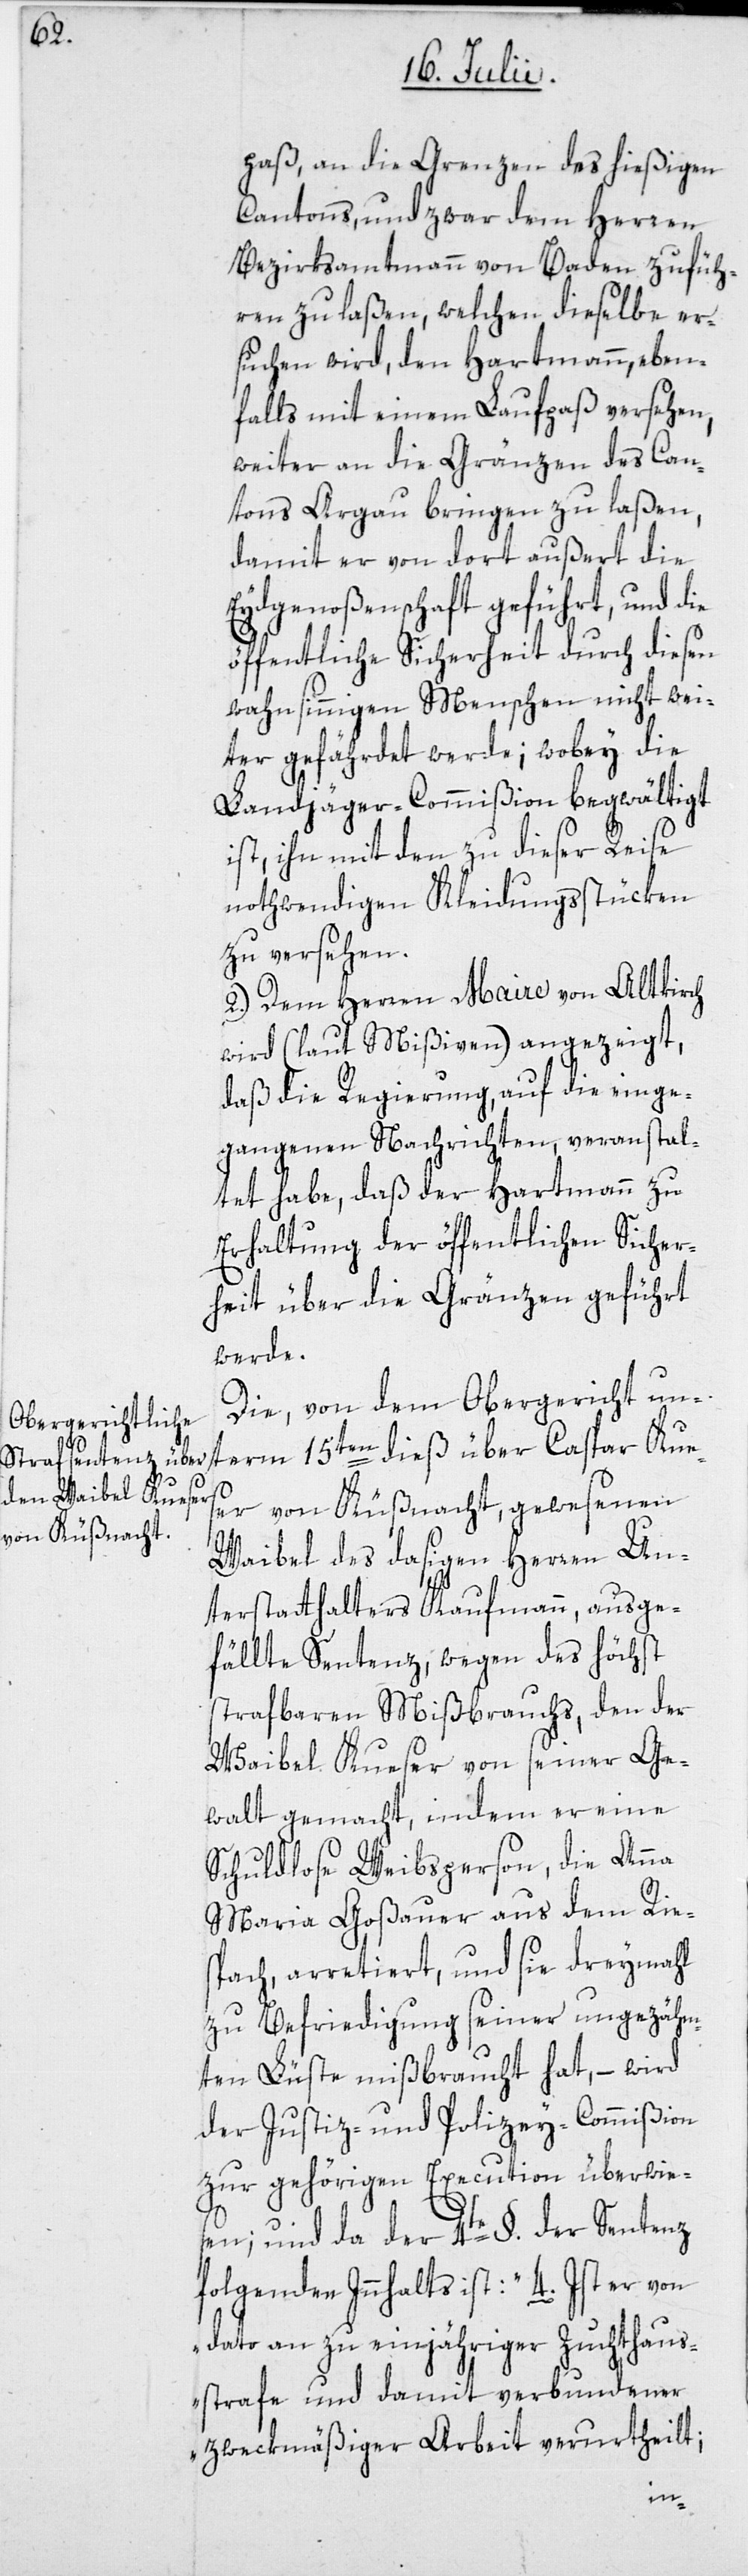
Kues¬

paß, an die Grenzen des hießigen
Cantons, und zwar dem Herren
Bezirksammtmann von Baden zufüh¬
ren zu laßen, welchen dieselbe er¬
suchen wird, den Hartmann, eben¬
falls mit einem Laufpaß versehen,
weiter an die Gränzen des Can¬
tons Argau bringen zu laßen,
damit er von dort außert die
Eydgenoßenschaft geführt, und die
öffentliche Sicherheit durch diesen
wahnsinnigen Menschen nicht wei¬
ter gefährdet werde; wobey die
Landjäger-Commißion begwältigt
ist, ihn mit den zu dieser Reise
nothwendigen Kleidungsstücken
zu versehen.
2.) Dem Herren Maire von Altkirch
wird (laut Mißiven) angezeigt,
daß die Regierung, auf die einge¬
gangenen Nachrichten, veranstal¬
tet habe, daß der Hartmann zu
Erhaltung der öffentlichen Sicher¬
heit über die Gränzen geführt
werde.
Die, von dem Obergericht unterm
er von Küßnacht, gewesenen
Waibel des dasigen Herren Un¬
terstatthalters Kaufmann, ausge¬
fällte Sentenz, wegen des höchst
strafbaren Mißbrauchs, den der
Waibel Kueser von seiner Ge¬
walt gemacht, indem er eine
Schuldlose Weibsperson, die Anna
Maria Goßauer aus dem Ries¬
pach, arretiert und sie dreymahl
zu Befriedigung seiner ungezähm¬
ten Lüste mißbraucht hat, – wird
der Justiz- und Polizey-Commißion
zur gehörigen Execution überwie¬
sen; und da der 4te §. der Sentenz
folgenden Innhalts ist: „4. Ist er von
dato an zu einjähriger Zuchthaus¬
strafe und damit verbundener
zweckmäßiger Arbeit verurtheilt;